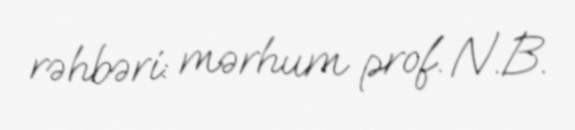
rəhbəri: mərhum prof. N.B.